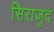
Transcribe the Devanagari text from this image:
सिराजुद